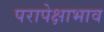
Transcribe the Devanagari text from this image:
परापेक्षाभाव